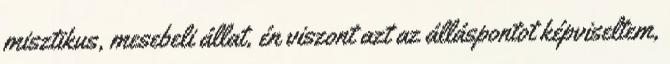
misztikus, mesebeli állat, én viszont azt az álláspontot képviseltem,